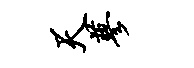
天蓼